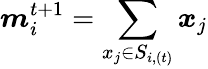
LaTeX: \boldsymbol{m}_{i}^{t+1}=\sum_{x_{j}\in S_{i,(t)}}\boldsymbol{x}_{j}